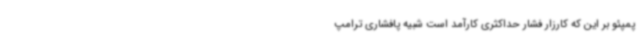
پمپئو بر این که کارزار فشار حداکثری کارآمد است شبیه پافشاری ترامپ